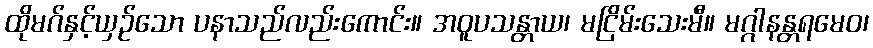
ထိုမဂ်နှင့်ယှဉ်သော ပနာသည်လည်းကောင်း။ အဝူပသန္တာယ၊ မငြိမ်းသေးမီ။ မဂ္ဂါနန္တရမေဝ၊